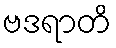
ဗဒရာတိ